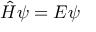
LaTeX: { \hat { H } } \psi = E \psi